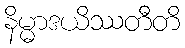
နိမ္မာဒယိဿတီတိ